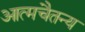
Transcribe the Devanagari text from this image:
आत्मचैतन्य